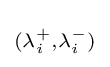
\scriptstyle {(\lambda _{i}^{+},\lambda _{i}^{-})}